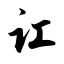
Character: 讧